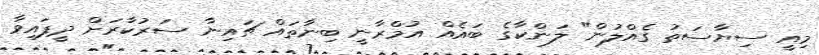
މިއީ ސިޔާސަތު ގެއްލުން" ލަންކާގެ ބައެއް އުމްރާނީ ބިނާތައް ޗައިނާ ސަރުކާރަށް ދީފައިވާ